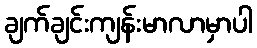
ချက်ချင်းကျန်းမာလာမှာပါ